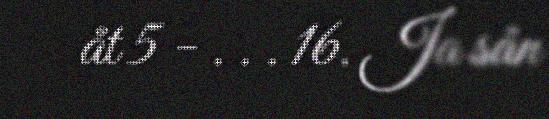
åt 5 - . . . 16. Ja sån